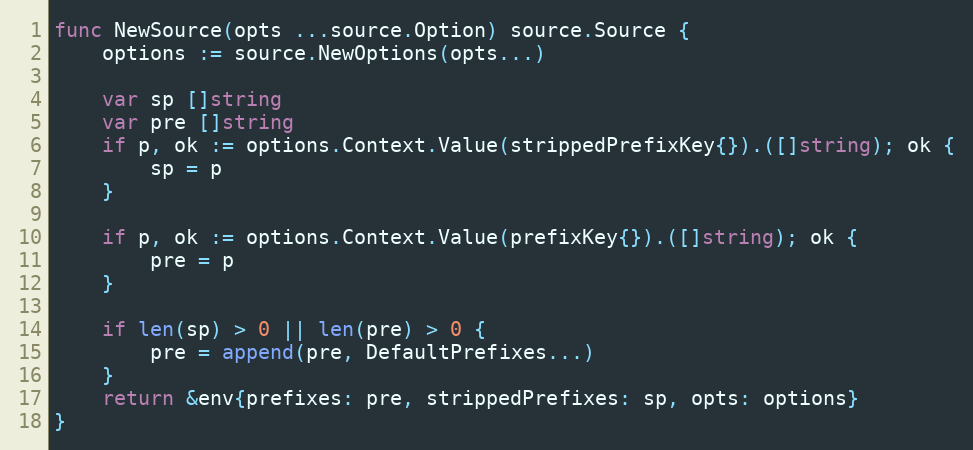
Language: Go
func NewSource(opts ...source.Option) source.Source {
	options := source.NewOptions(opts...)

	var sp []string
	var pre []string
	if p, ok := options.Context.Value(strippedPrefixKey{}).([]string); ok {
		sp = p
	}

	if p, ok := options.Context.Value(prefixKey{}).([]string); ok {
		pre = p
	}

	if len(sp) > 0 || len(pre) > 0 {
		pre = append(pre, DefaultPrefixes...)
	}
	return &env{prefixes: pre, strippedPrefixes: sp, opts: options}
}